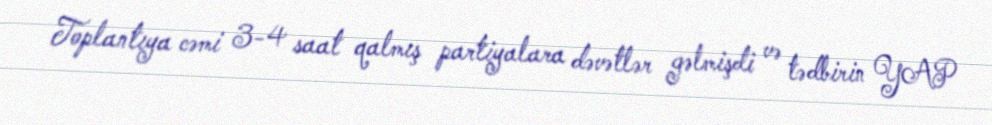
Toplantıya cəmi 3-4 saat qalmış partiyalara dəvətlər gəlmişdi və tədbirin YAP